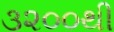
૩૨૦૦થી